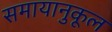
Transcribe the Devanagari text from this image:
समायानुकूल